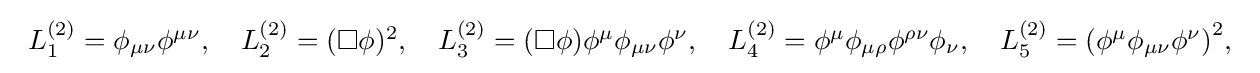
{\begin{array}{l}{L_{1}^{(2)}=\phi _{\mu \nu }\phi ^{\mu \nu },\quad L_{2}^{(2)}=(\square \phi )^{2},\quad L_{3}^{(2)}=(\square \phi )\phi ^{\mu }\phi _{\mu \nu }\phi ^{\nu }},\quad {L_{4}^{(2)}=\phi ^{\mu }\phi _{\mu \rho }\phi ^{\rho \nu }\phi _{\nu },\quad L_{5}^{(2)}=\left(\phi ^{\mu }\phi _{\mu \nu }\phi ^{\nu }\right)^{2}},\end{array}}